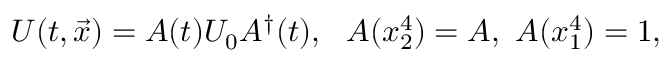
U ( t , \vec { x } ) = A ( t ) U _ { 0 } A ^ { \dagger } ( t ) , \ \ A ( x _ { 2 } ^ { 4 } ) = A , \ A ( x _ { 1 } ^ { 4 } ) = 1 ,